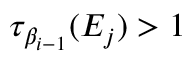
\tau _ { \beta _ { i - 1 } } ( E _ { j } ) > 1